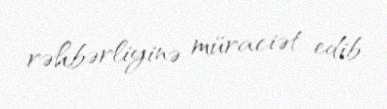
rəhbərliyinə müraciət edib.